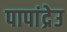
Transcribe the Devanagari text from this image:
पापांद्रेउ